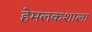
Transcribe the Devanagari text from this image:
हेमलकशाला